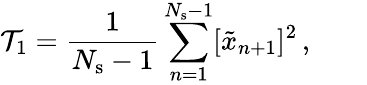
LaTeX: \mathcal{T}_{1}=\frac{1}{N_{\mathrm{s}}-1}\sum_{n=1}^{N_{\mathrm{s}}-1}[\tilde{x}_{n+1}]^{2}\, ,\quad\quad